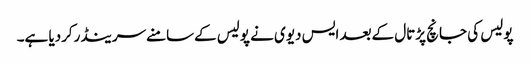
پولیس کی جانچ پڑتال کےبعد ایس دیوی نے پولیس کےسامنےسرینڈرکردیا ہے۔